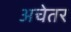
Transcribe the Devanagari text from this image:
अचेतर